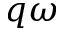
q \omega